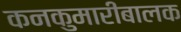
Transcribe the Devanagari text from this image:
कनकुमारीबालक